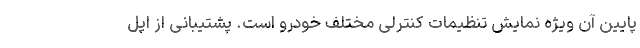
پایین آن ویژه نمایش تنظیمات کنترلی مختلف خودرو است. پشتیبانی از اپل